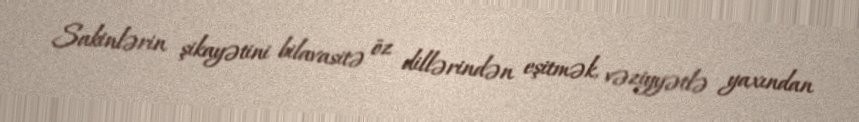
Sakinlərin şikayətini bilavasitə öz dillərindən eşitmək, vəziyyətlə yaxından